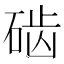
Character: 𱴐